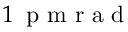
1 \, \mathrm { ~ p ~ m ~ r ~ a ~ d ~ }